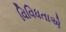
વિવિધતાએ